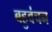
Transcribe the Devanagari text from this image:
बहुवंचन